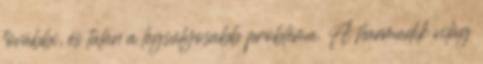
további, és talán a legsúlyosabb probléma. A harmadik világ